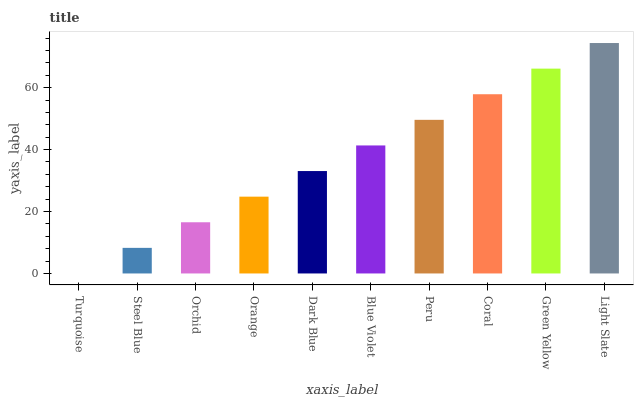
| xaxis_label | bars |
 | --- | --- |
 | Turquoise | 0 |
 | Steel Blue | 8.27 |
 | Orchid | 16.5 |
 | Orange | 24.8 |
 | Dark Blue | 33.1 |
 | Blue Violet | 41.3 |
 | Peru | 49.6 |
 | Coral | 57.9 |
 | Green Yellow | 66.2 |
 | Light Slate | 74.4 |